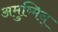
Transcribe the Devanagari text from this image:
अमुष्मिन्